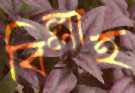
বিল্লাহ